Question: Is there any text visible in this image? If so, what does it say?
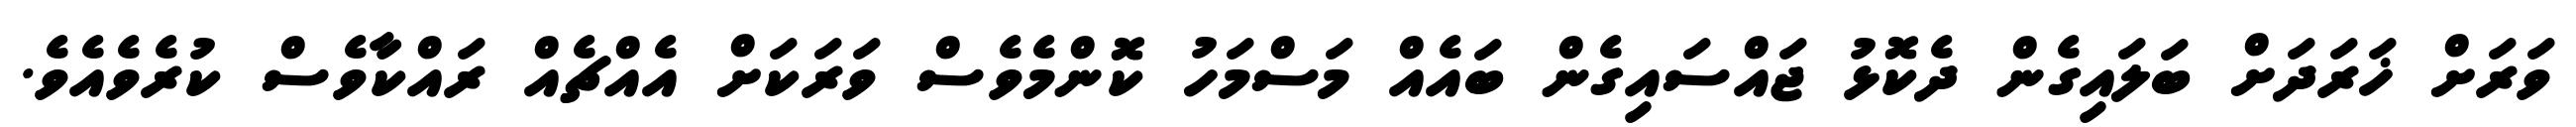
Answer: ވަރަށް ޚަރަދަށް ބަލައިގެން ދެކޮޅު ޖައްސައިގެން ބައެއް މަސްމަހު ކޮންމެވެސް ވަރަކަށް އެއްޗެއް ރައްކާވެސް ކުރެވެއެވެ.